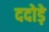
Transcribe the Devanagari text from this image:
ददोड़े